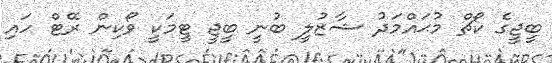
ބީޖީގެ ކޯޗް މުޙައްމަދު ޝާޒުލީ ބުނީ ބީޖީ ޓީމަކީ ވޯކިން ރޭޓް ހައި